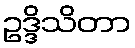
ဥဒ္ဒိသိတာ